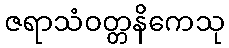
ဇရာသံဝတ္တနိကေသု